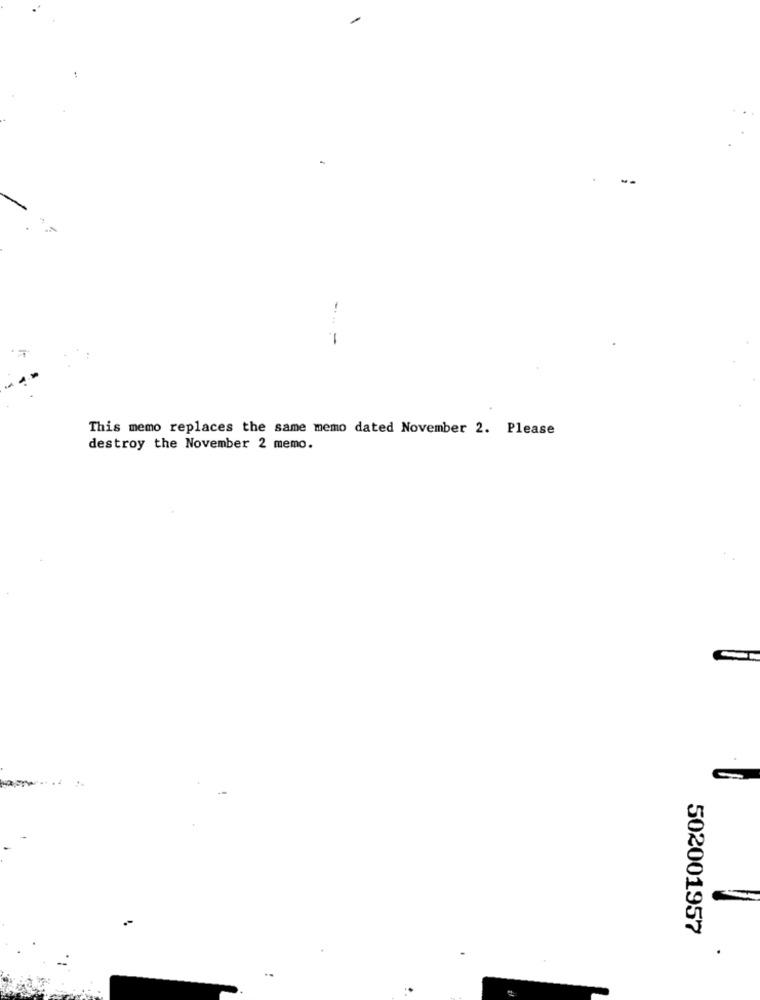
-- -
This memo replaces the same memo dated November 2. Please
destroy the November 2 memo.
502001957